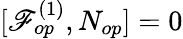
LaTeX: [\mathscr{F}_{op}^{(1)},N_{op}]=0